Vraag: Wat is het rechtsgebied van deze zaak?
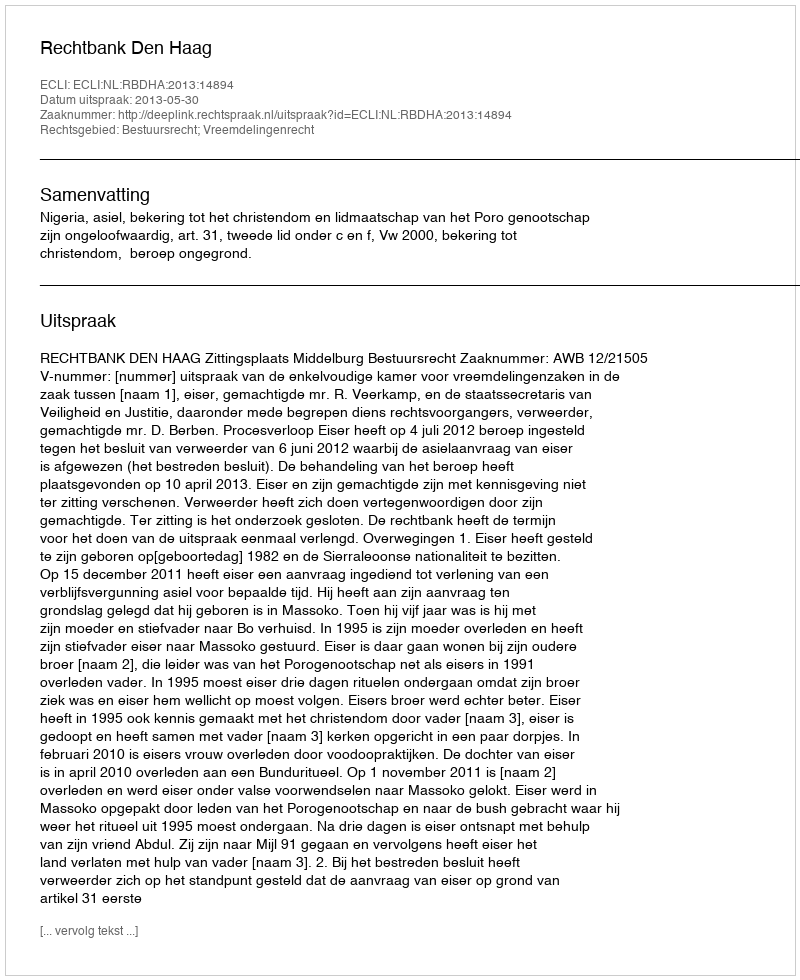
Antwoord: Bestuursrecht; Vreemdelingenrecht